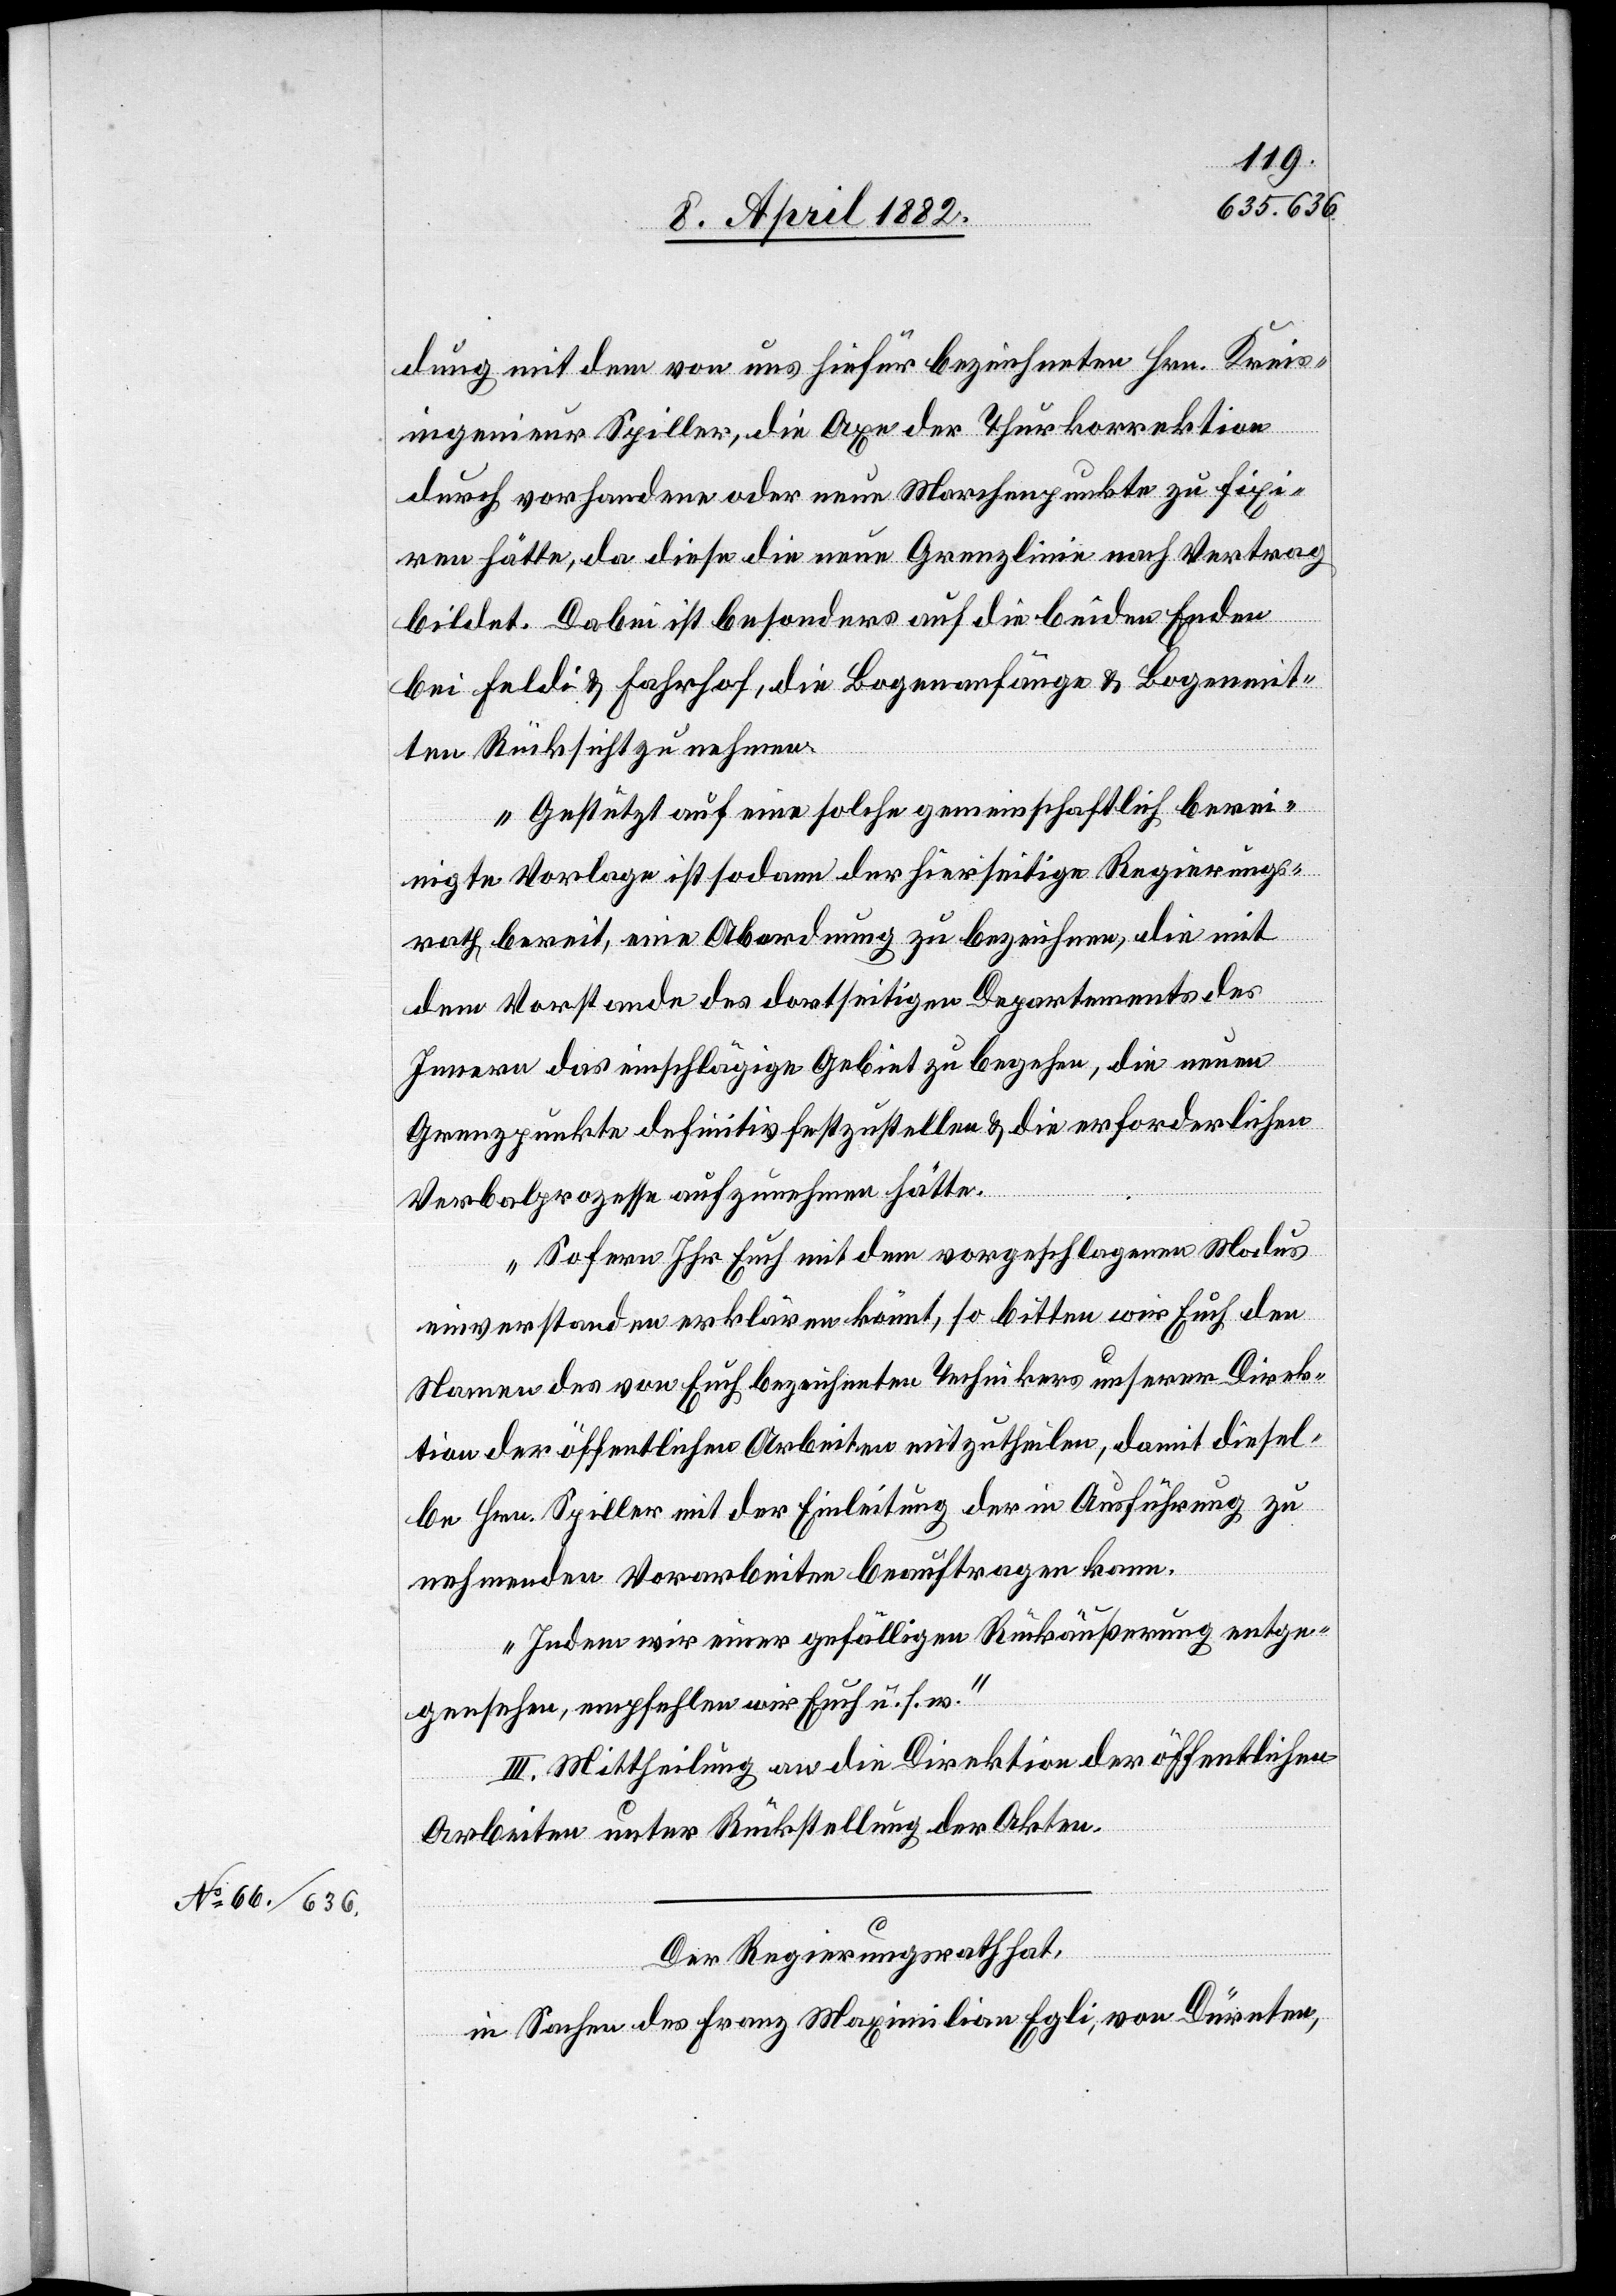
dung mit dem von uns hiefür bezeichneten Hrn. Kreis¬
ingenieur Spiller, die Axe der Thurkorrektion
durch vorhandene oder neue Marchenpunkte zu fixi¬
ren hätte, da diese die neue Grenzlinie nach Vertrag
bildet. Dabei ist besonders auf die beiden Enden
bei Feldi & Fahrhof, die Bogenanfänge & Bogenmit¬
ten Rücksicht zu nehmen.
Gestützt auf eine solche gemeinschaftlich berei¬
nigte Vorlage ist sodann der hierseitige Regierungs¬
rath bereit, eine Abordnung zu bezeichnen, die mit
dem Vorstande des dortseitigen Departements des
Innern das einschlägige Gebiet zu begehen, die neuen
Grenzpunkte definitiv festzustellen & die erforderlichen
Verbalprozesse aufzunehmen hätte.
Sofern Ihr Euch mit dem vorgeschlagenen Modus
einverstanden erklären könnt, so bitten wir Euch den
Namen des von Euch bezeichneten Technikers unserer Direk¬
tion der öffentlichen Arbeiten mitzutheilen, damit diesel¬
be Hrn. Spiller mit der Einleitung der in Ausführung zu
nehmenden Vorarbeiten beauftragen kann.
Indem wir einer gefälligen Rückäußerung entge¬
gensehen, empfehlen wir Euch u. s. w.“
III. Mittheilung an die Direktion der öffentlichen
Arbeiten unter Rückstellung der Akten.
Der Regierungsrath hat,
in Sachen des Franz Maximilian Egli, von Dürnten,